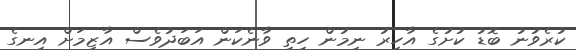
ކުރެވުނު ބޮޑު ކުށުގެ އާހިރު ނިމުން ހިތި ވާނެކަން އަބަދުވެސް އާޒިމަށް އިނގެ